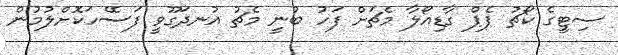
ސިޓީގެ ކޯޗު ޕެޕް ގާޑިއޯލާ މެޗަށް ފަހު ބުނީ މެޗު އުނދަގޫވީ ފަސޭހަކޮށްލުމުން